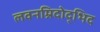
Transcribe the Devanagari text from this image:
लवनम्रिदोद्भिद